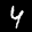
Label: 4